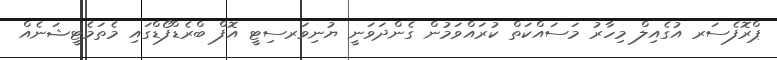
ޕްރޮފެސަރ އުގެއިލް މިހާރު މަސައްކަތް ކުރައްވަމުން ގެންދަވަނީ ޔުނިވަރސިޓީ އޮފް ބްރެޑްފޯޑްގައި މެތަމެޓީޝަނެއް